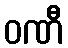
ဝဏီ